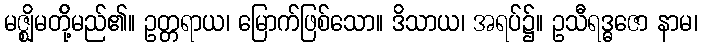
မဇ္ဈိမတို့်မည်၏။ ဥတ္တရာယ၊ မြောက်ဖြစ်သော။ ဒိသာယ၊ အရပ်၌။ ဥသီရဒ္ဓဇော နာမ၊